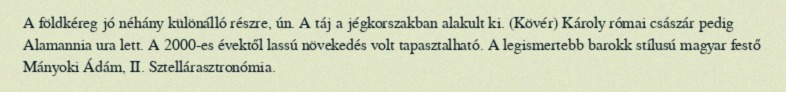
A földkéreg jó néhány különálló részre, ún. A táj a jégkorszakban alakult ki. (Kövér) Károly római császár pedig Alamannia ura lett. A 2000-es évektől lassú növekedés volt tapasztalható. A legismertebb barokk stílusú magyar festő Mányoki Ádám, II. Sztellárasztronómia.